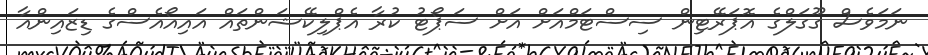
ނަމަވެސް ގޫގަލްގެ އޮޕަރޭޓިން ސިސްޓަމްއަށް އަށް ސަޕޯޓު ކުރާ އެޕްލިކޭޝަންތައް އައިއޯއެސްގެ ޑިޒައިންއާ